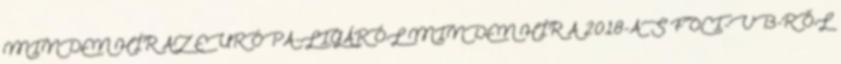
MINDEN HÍR AZ EURÓPA-LIGÁRÓL MINDEN HÍR A 2018-AS FOCI-VB-RŐL